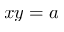
x y = a